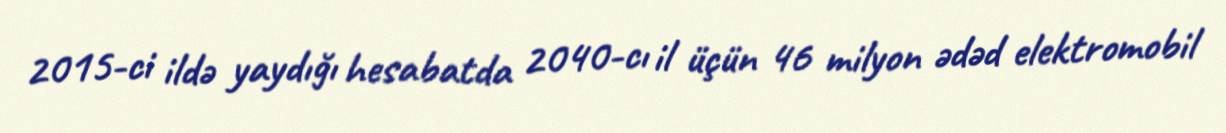
2015-ci ildə yaydığı hesabatda 2040-cı il üçün 46 milyon ədəd elektromobil